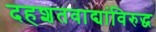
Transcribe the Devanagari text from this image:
दहशतवाद्यांविरुद्ध